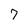
Character: 7